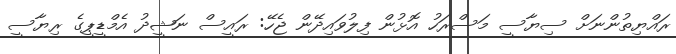
ރައްޔިތުންނަށް ސިޔާސީ މަސްރަހު އޮޅުން ފިލުވައިދޭން ޖެހޭ: ރައީސް ނަޝީދު އެމްޑީޕީގެ ރިޔާސީ